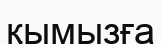
қымызға